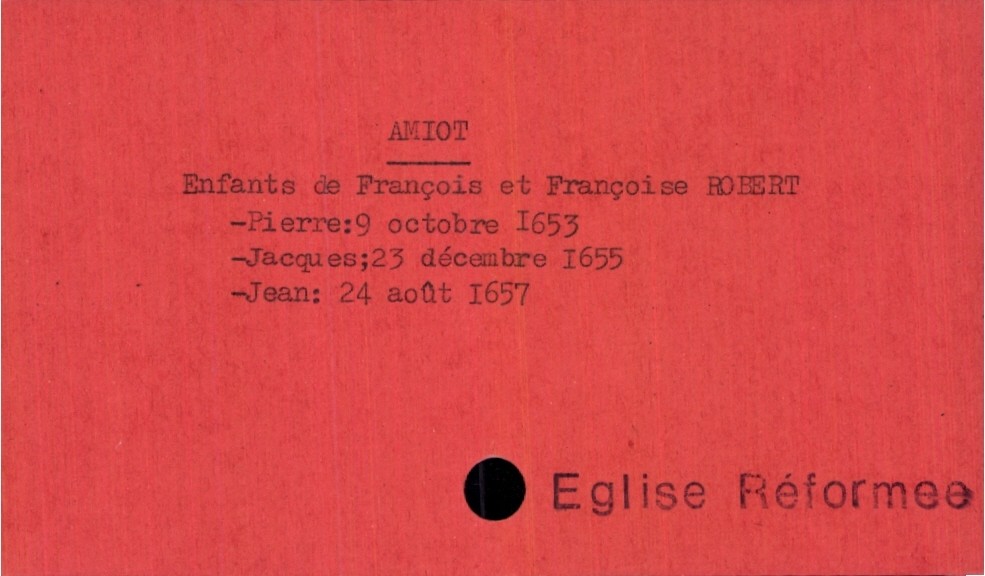
type_acte: Baptême
observations: Eglise Réformee
filiation: fils
enfant_prénom: Jean
enfant_date_de_naissance: 24 août 1657
père_enfant_nom: Amiot
père_enfant_prénom: François
mère_enfant_nom: Robert
mère_enfant_prénom: Françoise